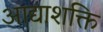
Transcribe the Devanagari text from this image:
आद्याशक्ति